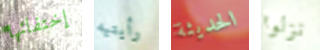
إختفائها رأيتيه الحديثة نزلوا